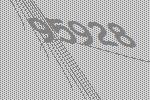
95928